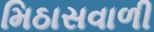
મિઠાસવાળી